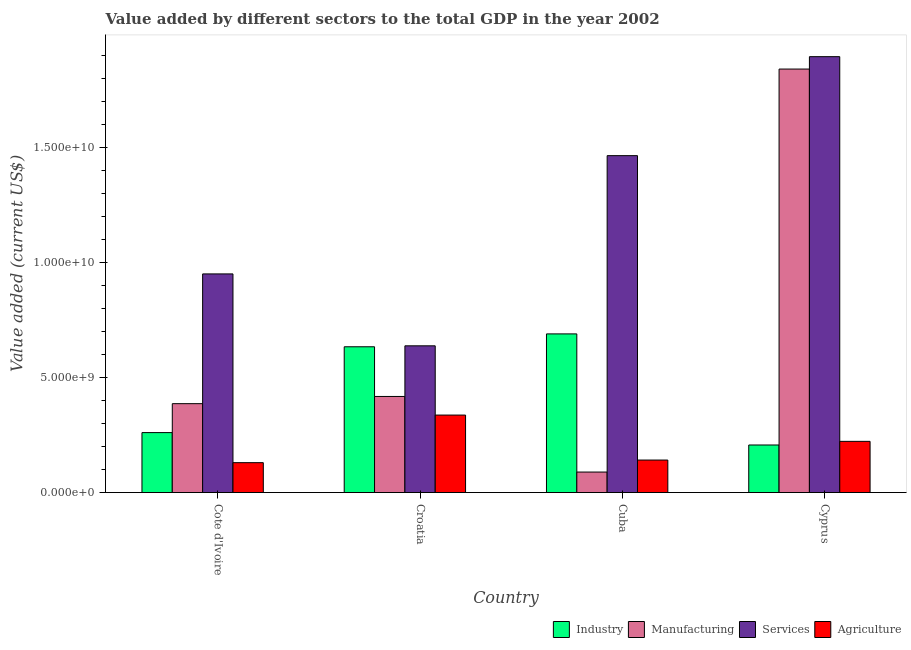
| Country | Industry | Manufacturing | Services | Agriculture |
 | --- | --- | --- | --- | --- |
 | Cote d'Ivoire | 2.61e+09 | 3.86e+09 | 9.5e+09 | 1.3e+09 |
 | Croatia | 6.33e+09 | 4.18e+09 | 6.37e+09 | 3.37e+09 |
 | Cuba | 6.89e+09 | 8.92e+08 | 1.46e+10 | 1.41e+09 |
 | Cyprus | 2.07e+09 | 1.84e+10 | 1.89e+10 | 2.23e+09 |